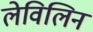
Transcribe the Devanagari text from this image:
लेविलिन